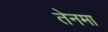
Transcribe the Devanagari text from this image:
तेनमा